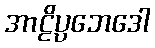
အာဠိပ္ပဘေဒေါ